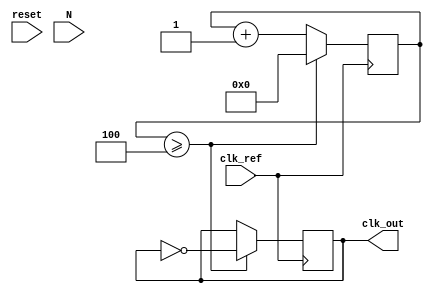
module IntegerN_PLL (
    input wire clk_ref,       // Reference clock input
    input wire reset,         // Asynchronous reset
    input wire [N-1:0] N,     // Divider value (N)
    output reg clk_out        // Output clock
);

parameter N = 4;            // Example N value for integer division
parameter VCO_MAX_FREQ = 100; // Max frequency of VCO (in MHz)
parameter VCO_MIN_FREQ = 10;  // Min frequency of VCO (in MHz)

// Internal signals
reg [N-1:0] phase_error;    // Phase error signal
reg [N-1:0] VCO_output;      // Current VCO output frequency
reg [N-1:0] feedback_div;    // Feedback signal after division
reg [N-1:0] loop_filter_output; // Output of loop filter

// VCO frequency control
always @(posedge clk_ref or posedge reset) begin
    if (reset) begin
        VCO_output <= 0;
    end else begin
        VCO_output <= VCO_output + loop_filter_output; // Update VCO frequency
        if (VCO_output > VCO_MAX_FREQ) begin
            VCO_output <= VCO_MAX_FREQ; // Cap at max frequency
        end
    end
end

// N-divider to feedback the output
always @(posedge clk_ref) begin
    if (feedback_div >= N) begin
        feedback_div <= 0; // Reset divider
        clk_out <= ~clk_out; // Toggle output clock
    end else begin
        feedback_div <= feedback_div + 1; // Increment divider
    end
end

// Phase detector
always @(posedge clk_ref) begin
    // Simple phase detector logic; In practice, it can be more complex
    if (clk_ref ^ clk_out) begin
        phase_error <= 1; // Phase mismatch detected
    end else begin
        phase_error <= 0; // No phase mismatch
    end
end

// Loop filter (Simple implementation)
always @(posedge clk_ref) begin
    // A simple integrator filter for the loop
    if (reset) begin
        loop_filter_output <= 0;
    end else begin
        loop_filter_output <= loop_filter_output + phase_error; // Integrate phase error
        // Optional: Add more logic to cap or limit the output of the filter
    end
end

endmodule